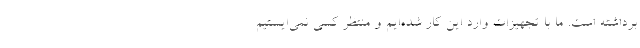
برداشته است. ما با تجهیزات وارد این کار شده‌ایم و منتظر کسی نمی‌ایستیم